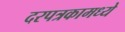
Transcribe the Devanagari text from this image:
दरपत्रकामध्ये